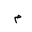
Letter: _mim